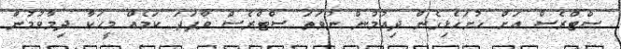
ސްޓްރެސް އަށް ހުށަހެޅިގެން ދިއުމުން ނުވަތަ ސްޓްރެސް ވާފަދަ ކަމެއް މީހަކާ ދިމާވުމުން